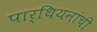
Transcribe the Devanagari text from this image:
पार्थियनांची